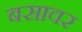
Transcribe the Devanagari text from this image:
बसावर